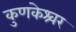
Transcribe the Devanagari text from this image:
कुणकेश्र्वर